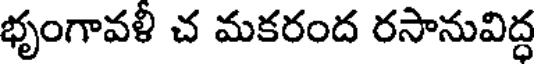
భృంగావళీ చ మకరంద రసానువిద్ధ